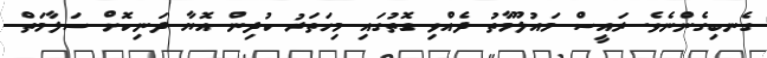
ގެނބިގެންނެވެ. ރައީސް މައުލޫމާތު ދެއްވި ގޮތުގައި މިހަތަރު ކުދިން އޮޔާ ދަނިކޮށް ސަލާމަތް